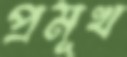
প্রমূখ